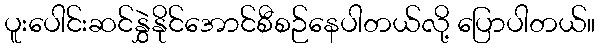
ပူးပေါင်းဆင်နွှဲနိုင်အောင်စီစဉ်နေပါတယ်လို့ ပြောပါတယ်။